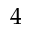
4